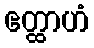
ဧတ္ထာဟံ